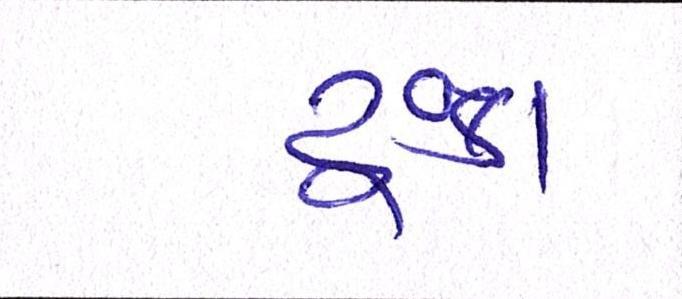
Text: ટૂંકા